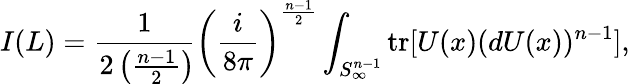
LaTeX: I(L)=\frac{1}{2\left(\frac{n-1}{2}\right)\! }\left(\frac{i}{8\pi}\right)^{\frac{n-1}{2}}\int_{S_{\infty}^{n-1}}\mathrm{tr}[U(x)(dU(x))^{n-1}],